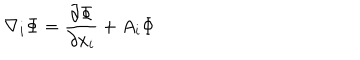
\nabla _ { i } { \Phi } = \frac { \partial \Phi } { \partial x _ { i } } + A _ { i } \Phi